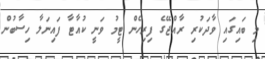
މި ބައިގައި ވާދަކުރި ރާއްޖޭގެ ފިރިހެން ޓީމު ވަނީ ކުއާޓާ ފައިނަލާ ހިސާބުން